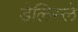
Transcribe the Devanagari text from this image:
डेलिस्ले